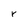
Character: r